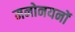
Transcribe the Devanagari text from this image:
मनोनयनों